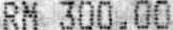
RM 300.00